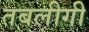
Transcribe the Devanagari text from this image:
तबलीगी